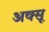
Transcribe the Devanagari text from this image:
अक्सू